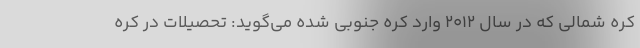
کره شمالی که در سال 2012 وارد کره جنوبی شده می‌گوید: تحصیلات در کره